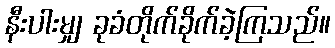
နီးပါးမျှ ခုခံတိုက်ခိုက်ခဲ့ကြသည်။